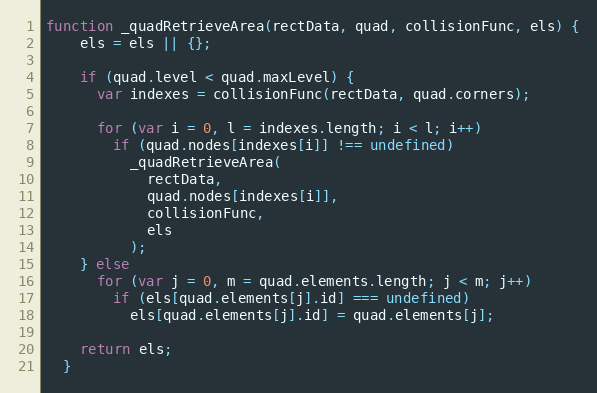
Language: JavaScript
function _quadRetrieveArea(rectData, quad, collisionFunc, els) {
    els = els || {};

    if (quad.level < quad.maxLevel) {
      var indexes = collisionFunc(rectData, quad.corners);

      for (var i = 0, l = indexes.length; i < l; i++)
        if (quad.nodes[indexes[i]] !== undefined)
          _quadRetrieveArea(
            rectData,
            quad.nodes[indexes[i]],
            collisionFunc,
            els
          );
    } else
      for (var j = 0, m = quad.elements.length; j < m; j++)
        if (els[quad.elements[j].id] === undefined)
          els[quad.elements[j].id] = quad.elements[j];

    return els;
  }